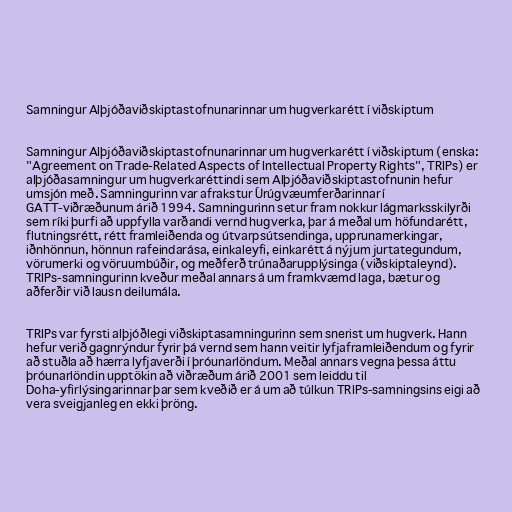
Samningur Alþjóðaviðskiptastofnunarinnar um hugverkarétt í viðskiptum

Samningur Alþjóðaviðskiptastofnunarinnar um hugverkarétt í viðskiptum (enska:
"Agreement on Trade-Related Aspects of Intellectual Property Rights", TRIPs) er
alþjóðasamningur um hugverkaréttindi sem Alþjóðaviðskiptastofnunin hefur
umsjón með. Samningurinn var afrakstur Úrúgvæumferðarinnar í
GATT-viðræðunum árið 1994. Samningurinn setur fram nokkur lágmarksskilyrði
sem ríki þurfi að uppfylla varðandi vernd hugverka, þar á meðal um höfundarétt,
flutningsrétt, rétt framleiðenda og útvarpsútsendinga, upprunamerkingar,
iðnhönnun, hönnun rafeindarása, einkaleyfi, einkarétt á nýjum jurtategundum,
vörumerki og vöruumbúðir, og meðferð trúnaðarupplýsinga (viðskiptaleynd).
TRIPs-samningurinn kveður meðal annars á um framkvæmd laga, bætur og
aðferðir við lausn deilumála.

TRIPs var fyrsti alþjóðlegi viðskiptasamningurinn sem snerist um hugverk. Hann
hefur verið gagnrýndur fyrir þá vernd sem hann veitir lyfjaframleiðendum og fyrir
að stuðla að hærra lyfjaverði í þróunarlöndum. Meðal annars vegna þessa áttu
þróunarlöndin upptökin að viðræðum árið 2001 sem leiddu til
Doha-yfirlýsingarinnar þar sem kveðið er á um að túlkun TRIPs-samningsins eigi að
vera sveigjanleg en ekki þröng.